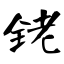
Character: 铑